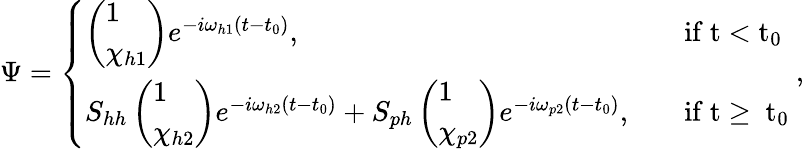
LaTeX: \begin{array}{r}{\Psi=\left\{ \begin{array}{ll}{\left(\begin{array}{l}{1}\\ {\chi_{h1}}\end{array}\right)e^{-i\omega_{h1}(t-t_{0})},}&{\quad\mathrm{if~t<t_0~}}\\ {S_{hh}\left(\begin{array}{l}{1}\\ {\chi_{h2}}\end{array}\right)e^{-i\omega_{h2}(t-t_{0})}+S_{ph}\left(\begin{array}{l}{1}\\ {\chi_{p2}}\end{array}\right)e^{-i\omega_{p2}(t-t_{0})},}&{\quad\mathrm{if~t\ge~t_0~}}\end{array}\right.,}\end{array}